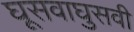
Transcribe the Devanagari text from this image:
घूसवाघुसवी